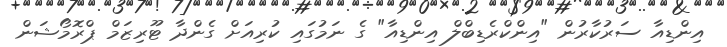
އިންޑިއާ ސަރުކާރުން "އިންކްރެޑިބްލް އިންޑިއާ" ގެ ނަމުގައި ކުރިއަށް ގެންދާ ޓޫރިޒަމް ޕްރޮމޯޝަން